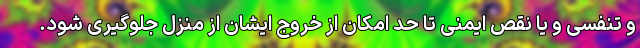
و تنفسی و یا نقص ایمنی تا حد امکان از خروج ایشان از منزل جلوگیری شود.